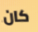
كان